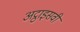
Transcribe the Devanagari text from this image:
अट्ठाइसवीं